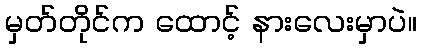
မှတ်တိုင်က ထောင့် နားလေးမှာပဲ။